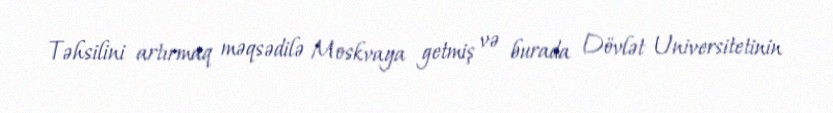
Təhsilini artırmaq məqsədilə Moskvaya getmiş və burada Dövlət Universitetinin